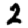
Digit: 2